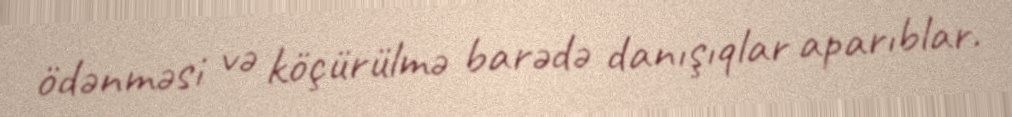
ödənməsi və köçürülmə barədə danışıqlar aparıblar.